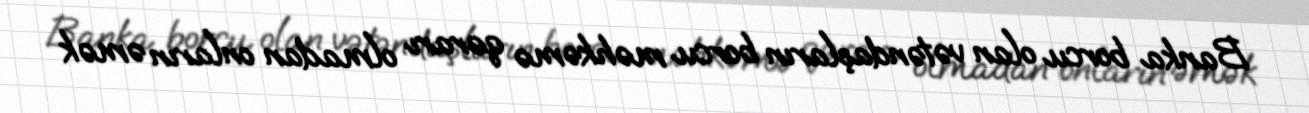
Banka borcu olan vətəndaşların borcu məhkəmə qərarı olmadan onların əmək